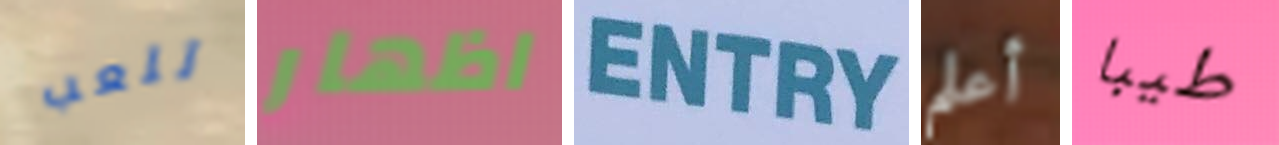
تلعب اظهار ENTRY أعلم طيبا